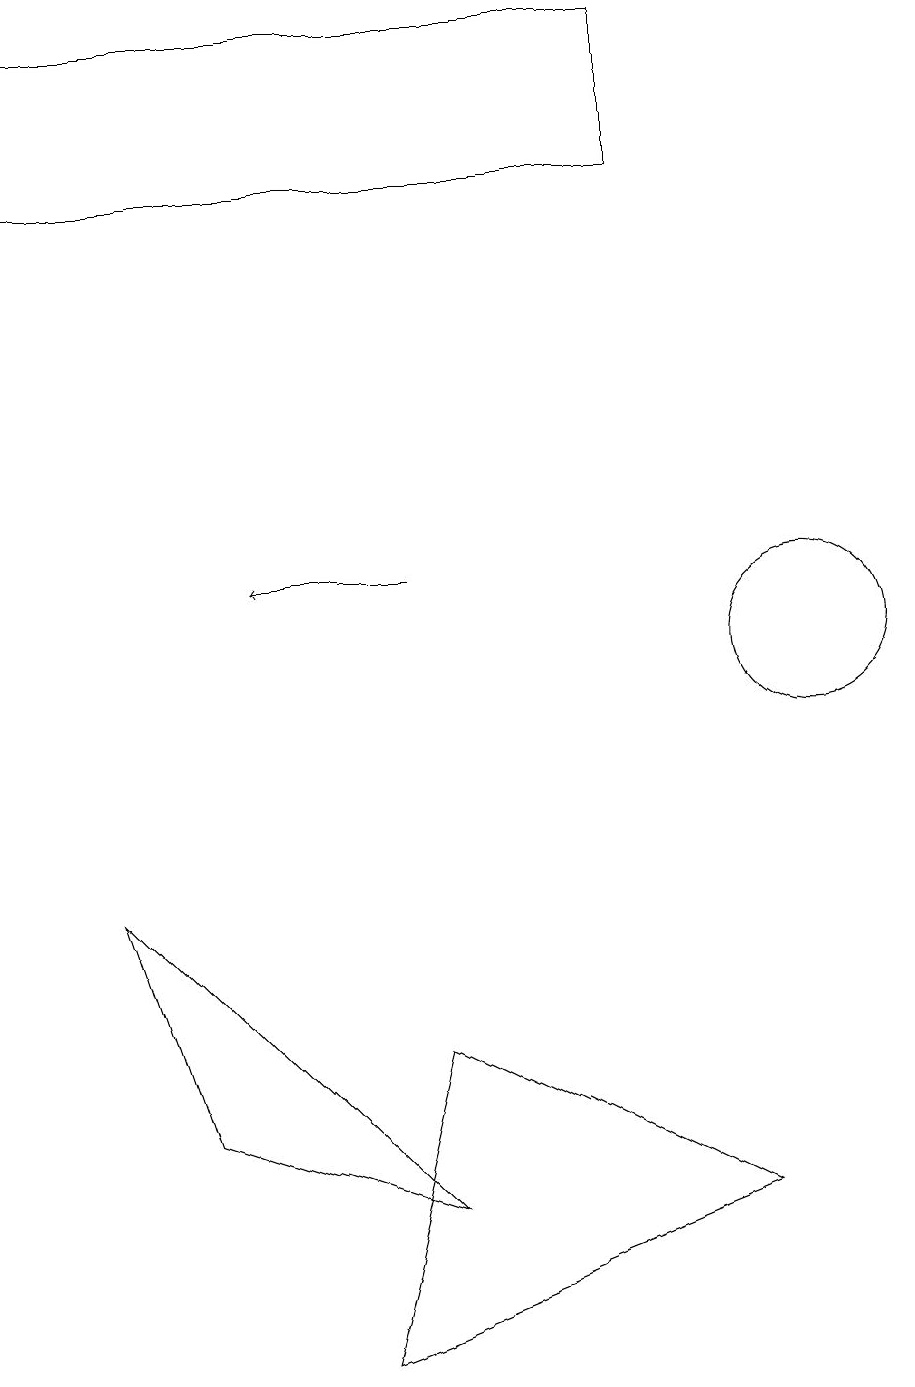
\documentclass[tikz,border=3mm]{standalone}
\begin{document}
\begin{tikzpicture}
\draw (8,16) rectangle (0,18);
\draw (10,10) circle (1);
\draw (4,1) -- (5,5) -- (9,3) -- cycle;
\draw (5,3) -- (1,7) -- (2,4) -- cycle;
\draw[->] (5,11) -- (3,11);
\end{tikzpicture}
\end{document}